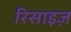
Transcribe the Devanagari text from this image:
रिसाइज़